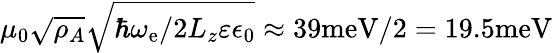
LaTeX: \mu_{0}\sqrt{\rho_{A}}\sqrt{\hbar\omega_{\mathrm{e}}/2L_{z}\varepsilon\epsilon_{0}}\approx 39\mathrm{meV}/2=19.5\mathrm{meV}